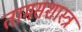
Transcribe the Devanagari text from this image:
तामसशास्त्र